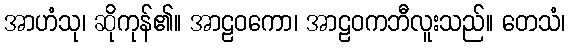
အာဟံသု၊ ဆိုကုန်၏။ အာဠဝကော၊ အာဠဝကဘီလူးသည်။ တေသံ၊